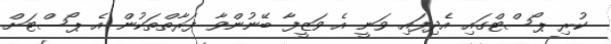
ކުރި ޕޯސްޓްގައި އެދިފައި ވަނީ އެ ވަޒީފާ ބޭނުންވާ ފަރާތްތަކުން އެ ޕޯސްޓަށް